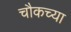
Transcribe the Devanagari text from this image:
चौकच्या